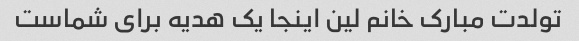
تولدت مبارک خانم لین اینجا یک هدیه برای شماست